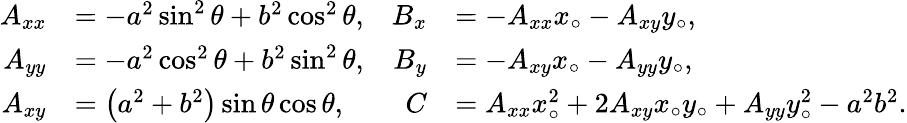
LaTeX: {\begin{array}{rlrl}{A_{xx}}&{=-a^{2}\sin^{2}\theta+b^{2}\cos^{2}\theta,}&{B_{x}}&{=-A_{xx}x_{\circ}-A_{xy}y_{\circ},}\\ {A_{yy}}&{=-a^{2}\cos^{2}\theta+b^{2}\sin^{2}\theta,}&{B_{y}}&{=-A_{xy}x_{\circ}-A_{yy}y_{\circ},}\\ {A_{xy}}&{=\left(a^{2}+b^{2}\right)\sin\theta\cos\theta,}&{C}&{=A_{xx}x_{\circ}^{2}+2A_{xy}x_{\circ}y_{\circ}+A_{yy}y_{\circ}^{2}-a^{2}b^{2}.}\end{array}}